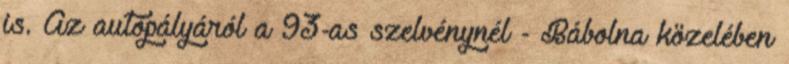
is. Az autópályáról a 93-as szelvénynél - Bábolna közelében